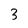
Character: 3